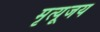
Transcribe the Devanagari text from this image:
मृत्यूजय